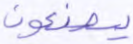
يصنعون